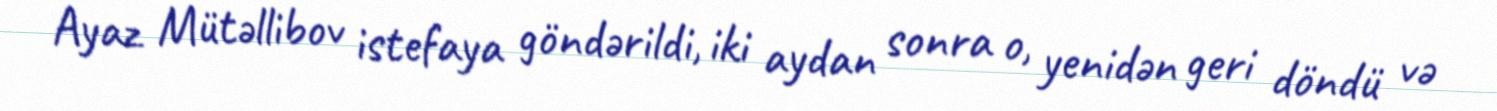
Ayaz Mütəllibov istefaya göndərildi, iki aydan sonra o, yenidən geri döndü və